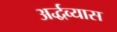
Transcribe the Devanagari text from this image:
अर्द्धव्यास